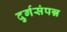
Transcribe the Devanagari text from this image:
दुर्गसंपन्न